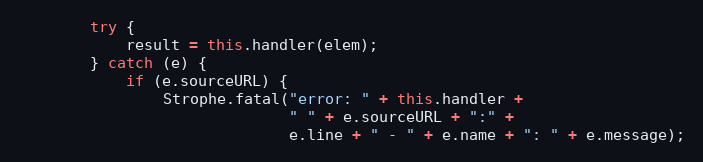
Language: JavaScript
        try {
            result = this.handler(elem);
        } catch (e) {
            if (e.sourceURL) {
                Strophe.fatal("error: " + this.handler +
                              " " + e.sourceURL + ":" +
                              e.line + " - " + e.name + ": " + e.message);